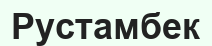
Рустамбек